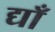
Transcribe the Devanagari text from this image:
द्याँ